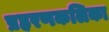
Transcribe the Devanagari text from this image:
प्रहरणकलिका